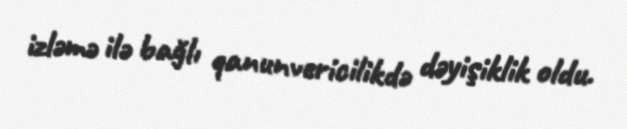
izləmə ilə bağlı qanunvericilikdə dəyişiklik oldu.